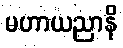
မဟာယညာနိ